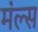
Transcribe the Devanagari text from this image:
मंल्स